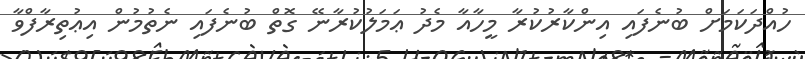
ހުއްދަކަމަށް ބުނެފައި އިންކާރުކުރާ މީހާއާ މެދު ޢަމަލުކުރާނޭ ގޮތް ބުނެފައި ނެތުމުން އިޢުތިރާފްވާ